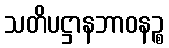
သတိပဋ္ဌာနဘာဝနဉ္စ